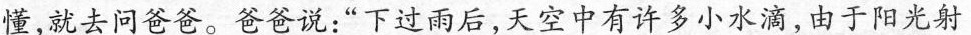
懂，就去问爸爸。爸爸说：”下过雨后，天空中有许多小水滴，由于阳光射